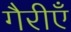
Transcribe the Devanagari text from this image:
गैरीएँ